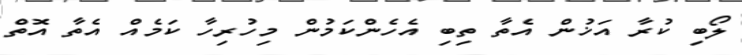
ލޯބި ކުރާ އަޚުން އެތާ ތިބި އެހެންކަމުން މިހުރިހާ ކަމެއް އެތާ އޮތް